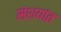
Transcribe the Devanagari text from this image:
संशयांत